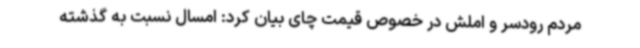
مردم رودسر و املش در خصوص قیمت چای بیان کرد: امسال نسبت به گذشته